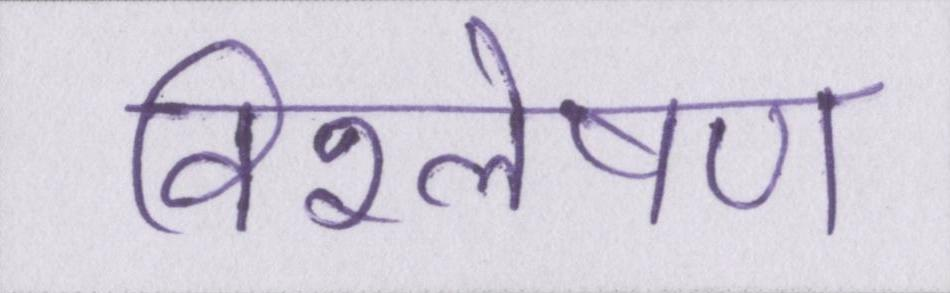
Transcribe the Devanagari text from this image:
विश्लेषण